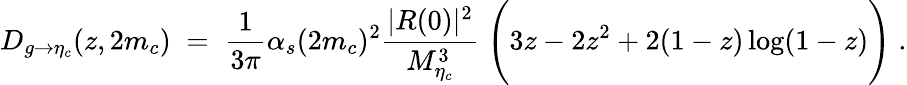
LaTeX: {D_{g\rightarrow\eta_{c}}(z,2m_{c})\; =\; {\frac{1}{3\pi}}\alpha_{s}(2m_{c})^{2}{\frac{|R(0)|^{2}}{M_{\eta_{c}}^{3}}}\; \Bigg(3z-2z^{2}+2(1-z)\log(1-z)\Bigg)\; .}